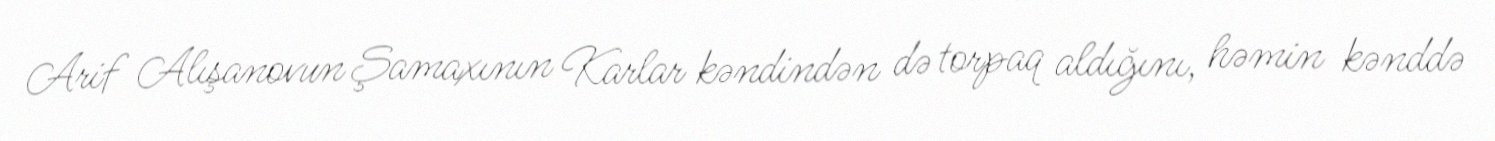
Arif Alışanovun Şamaxının Karlar kəndindən də torpaq aldığını, həmin kənddə